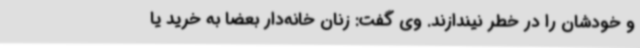
و خودشان را در خطر نیندازند. وی گفت: زنان خانه‌دار بعضا به خرید یا